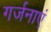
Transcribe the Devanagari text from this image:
गर्जनाएं